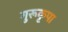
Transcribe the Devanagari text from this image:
गुरूकृपा